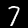
Label: 7